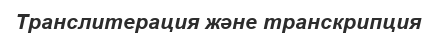
Транслитерация және транскрипция